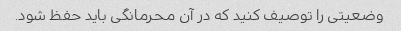
وضعیتی را توصیف کنید که در آن محرمانگی باید حفظ شود.